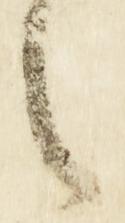
之